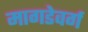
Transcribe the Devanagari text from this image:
मागडेवर्ग